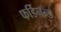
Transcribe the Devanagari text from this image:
फर्डिनन्ड